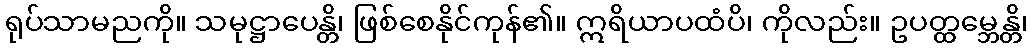
ရုပ်သာမညကို။ သမုဋ္ဌာပေန္တိ၊ ဖြစ်စေနိုင်ကုန်၏။ ဣရိယာပထံပိ၊ ကိုလည်း။ ဥပတ္ထမ္ဘေန္တိ၊